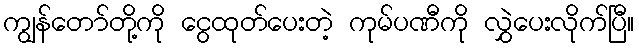
ကျွန်တော်တို့ကို ငွေထုတ်ပေးတဲ့ ကုမ်ပဏီကို လွှဲပေးလိုက်ပြီ။